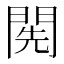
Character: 𨴐